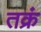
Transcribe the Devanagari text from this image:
तक्रं